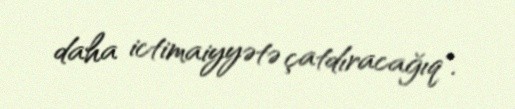
daha ictimaiyyətə çatdıracağıq".